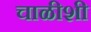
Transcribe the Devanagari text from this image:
चाळीशी